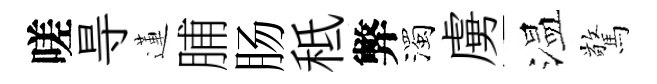
嗟㝵蓮脯肠秪弊濁虜温驚